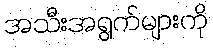
အသီးအရွက်များကို